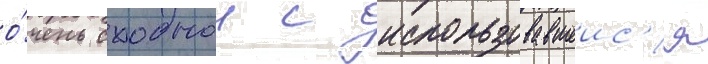
о́чень сходнои с использовавшеис'я